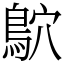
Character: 鴥